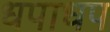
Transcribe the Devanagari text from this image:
धपाधप